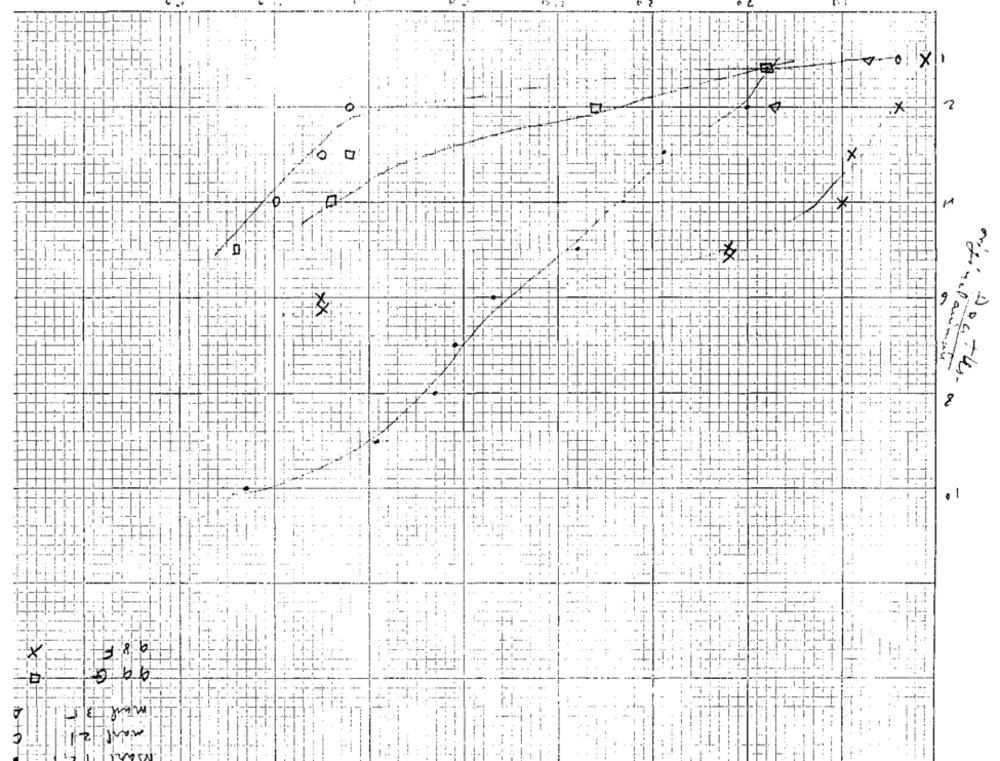
10
1-H
XX
00
-
98F
5 66
mail: 35
iDIA